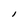
Character: l